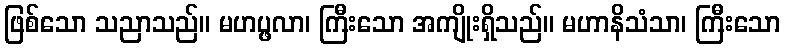
ဖြစ်သော သညာသည်။ မဟပ္ဖလာ၊ ကြီးသော အကျိုးရှိသည်။ မဟာနိသံသာ၊ ကြီးသော